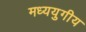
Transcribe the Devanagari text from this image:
मध्ययुगीय